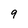
Character: 9